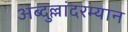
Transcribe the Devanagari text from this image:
अब्दुल्लांदरम्यान